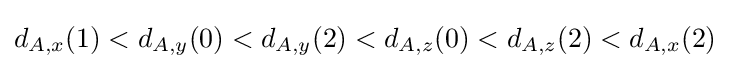
d_{A,x}(1)<d_{A,y}(0)<d_{A,y}(2)<d_{A,z}(0)<d_{A,z}(2)<d_{A,x}(2)